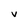
Character: v